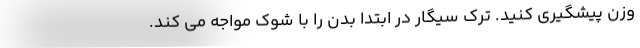
وزن پیشگیری کنید. ترک سیگار در ابتدا بدن را با شوک مواجه می کند.